Dysentery in Hazaribagh Central Jail - Number 52
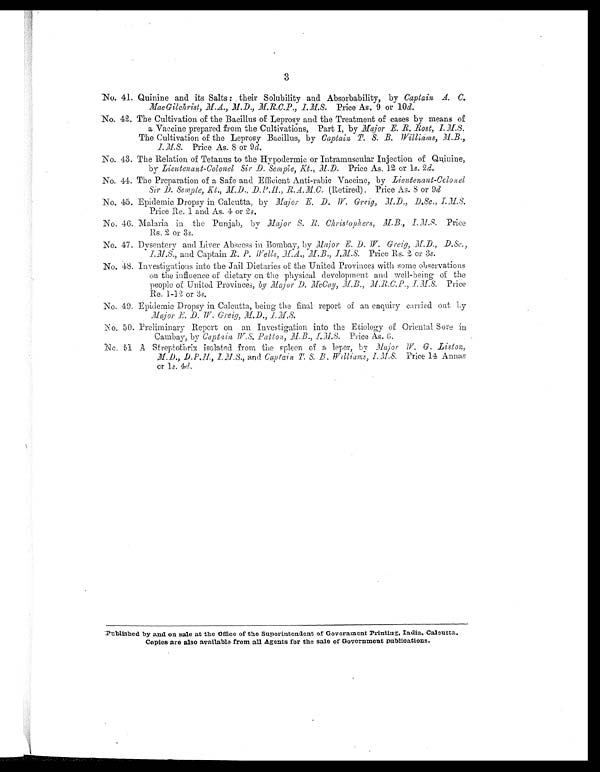
3
No. 41. Quinine and its Salts : their Solubility and Absorbability, by Captain A. C.
MacGilchrist, M.A., M.D., M.R.C.P., I.M.S. Price As. 9 or 10 d.
No. 42. The Cultivation of the Bacillus of Leprosy and the Treatment of cases by means of
a Vaccine prepared from the Cultivations, Part I, by Major E. B. Rost,
The Cultivation of the Leprosy Bacillus, by Captain T. S. B. Williams, M.B.,
I. M.S. Price As. 8 or 9 d.
No. 43. The Relation of Tetanus to the Hypodermic or Intramuscular Injection of Quinine,
by Lieutenant-Colonel Sir D . Semple, Kt., M.D. Price As. 12 or 1 s. 2 d.
No. 44. The Preparation of a Safe and Efficient Anti-rabic Vaccine, by Lieutenant-Colouel
Sir D. Semple, Kt., M.D.,D.P.H., R.A. M.C (Retired). Price As. 8 or 9d
No. 45. Epidemic Dropsy in Calcutta, by Major E. D. W. Greig, M.D., D.Sc., I. M. S.
Price Re. 1 and As. 4 or 2 s.
No. 46. Malaria in the Punjab, by Major S. R. Christophers, M.B., I. M.S. Price
Rs. 2 or 3 s.
No. 47. Dysentery and Liver Abscess in Bombay, by Major E. D . W. Greig,M.D., D.Sc.,
and Captain R. p. Wells,M.A., M.B., I.M.S. Price Rs. 2, or 3 s .
No. 48. Investigations into the Jail Dietaries of the United Provinces with some observations
on the influence of dietary on the physical development and well-being of the
people of United Provinces, by Major D. McCay,M.B., M.R.C.P.,I.M.S. Price
Re.1-12 or 3s .
No. 49. Epidemic Dropsy in Calcutta, being the final report of an enquiry carried out by
Major E. D. W. Greig, M.D.,
No. 50. Preliminary Report on an Investigation into the Etiology of Oriental Sore in
Cambay, by Captain W.S. Patton, M.B., I.M.S. Price As. 6.
No. 51 A Streptothrix isolated from the spleen of a leper, by Major W. G. Liston,
D.P .H., I.M.S.,and Captain .T. S, B. Williams, I. M.S. Price 14 Annas
or 1s. 4.d.
Published by and on sale at the Office of the Superintendent of Government Printing, India, Calcutta.
Copies are also available from all Agents for the sale of Government publications.